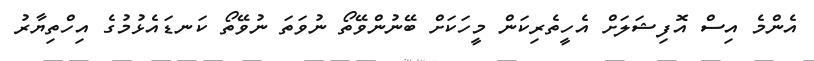
އެންމެ އިސް އޮފިޝަލަށް އެހީތެރިކަން މީހަކަށް ބޭނުންވޭތޯ ނުވަތަ ނުވޭތޯ ކަނޑައެޅުމުގެ އިހްތިޔާރު